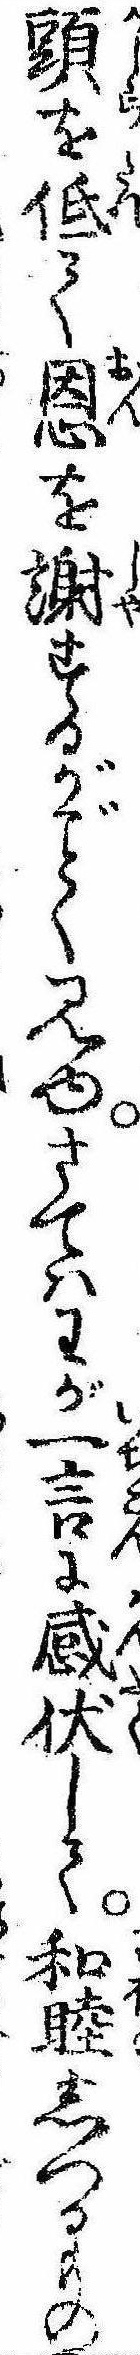
頭を低て恩を謝するがく見ゆさてはわが一言に感伏して和睦しつるもの